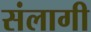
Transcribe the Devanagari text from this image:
संलागी